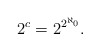
\begin{align*}2^c = 2^{2^{\aleph_0}}.\end{align*}